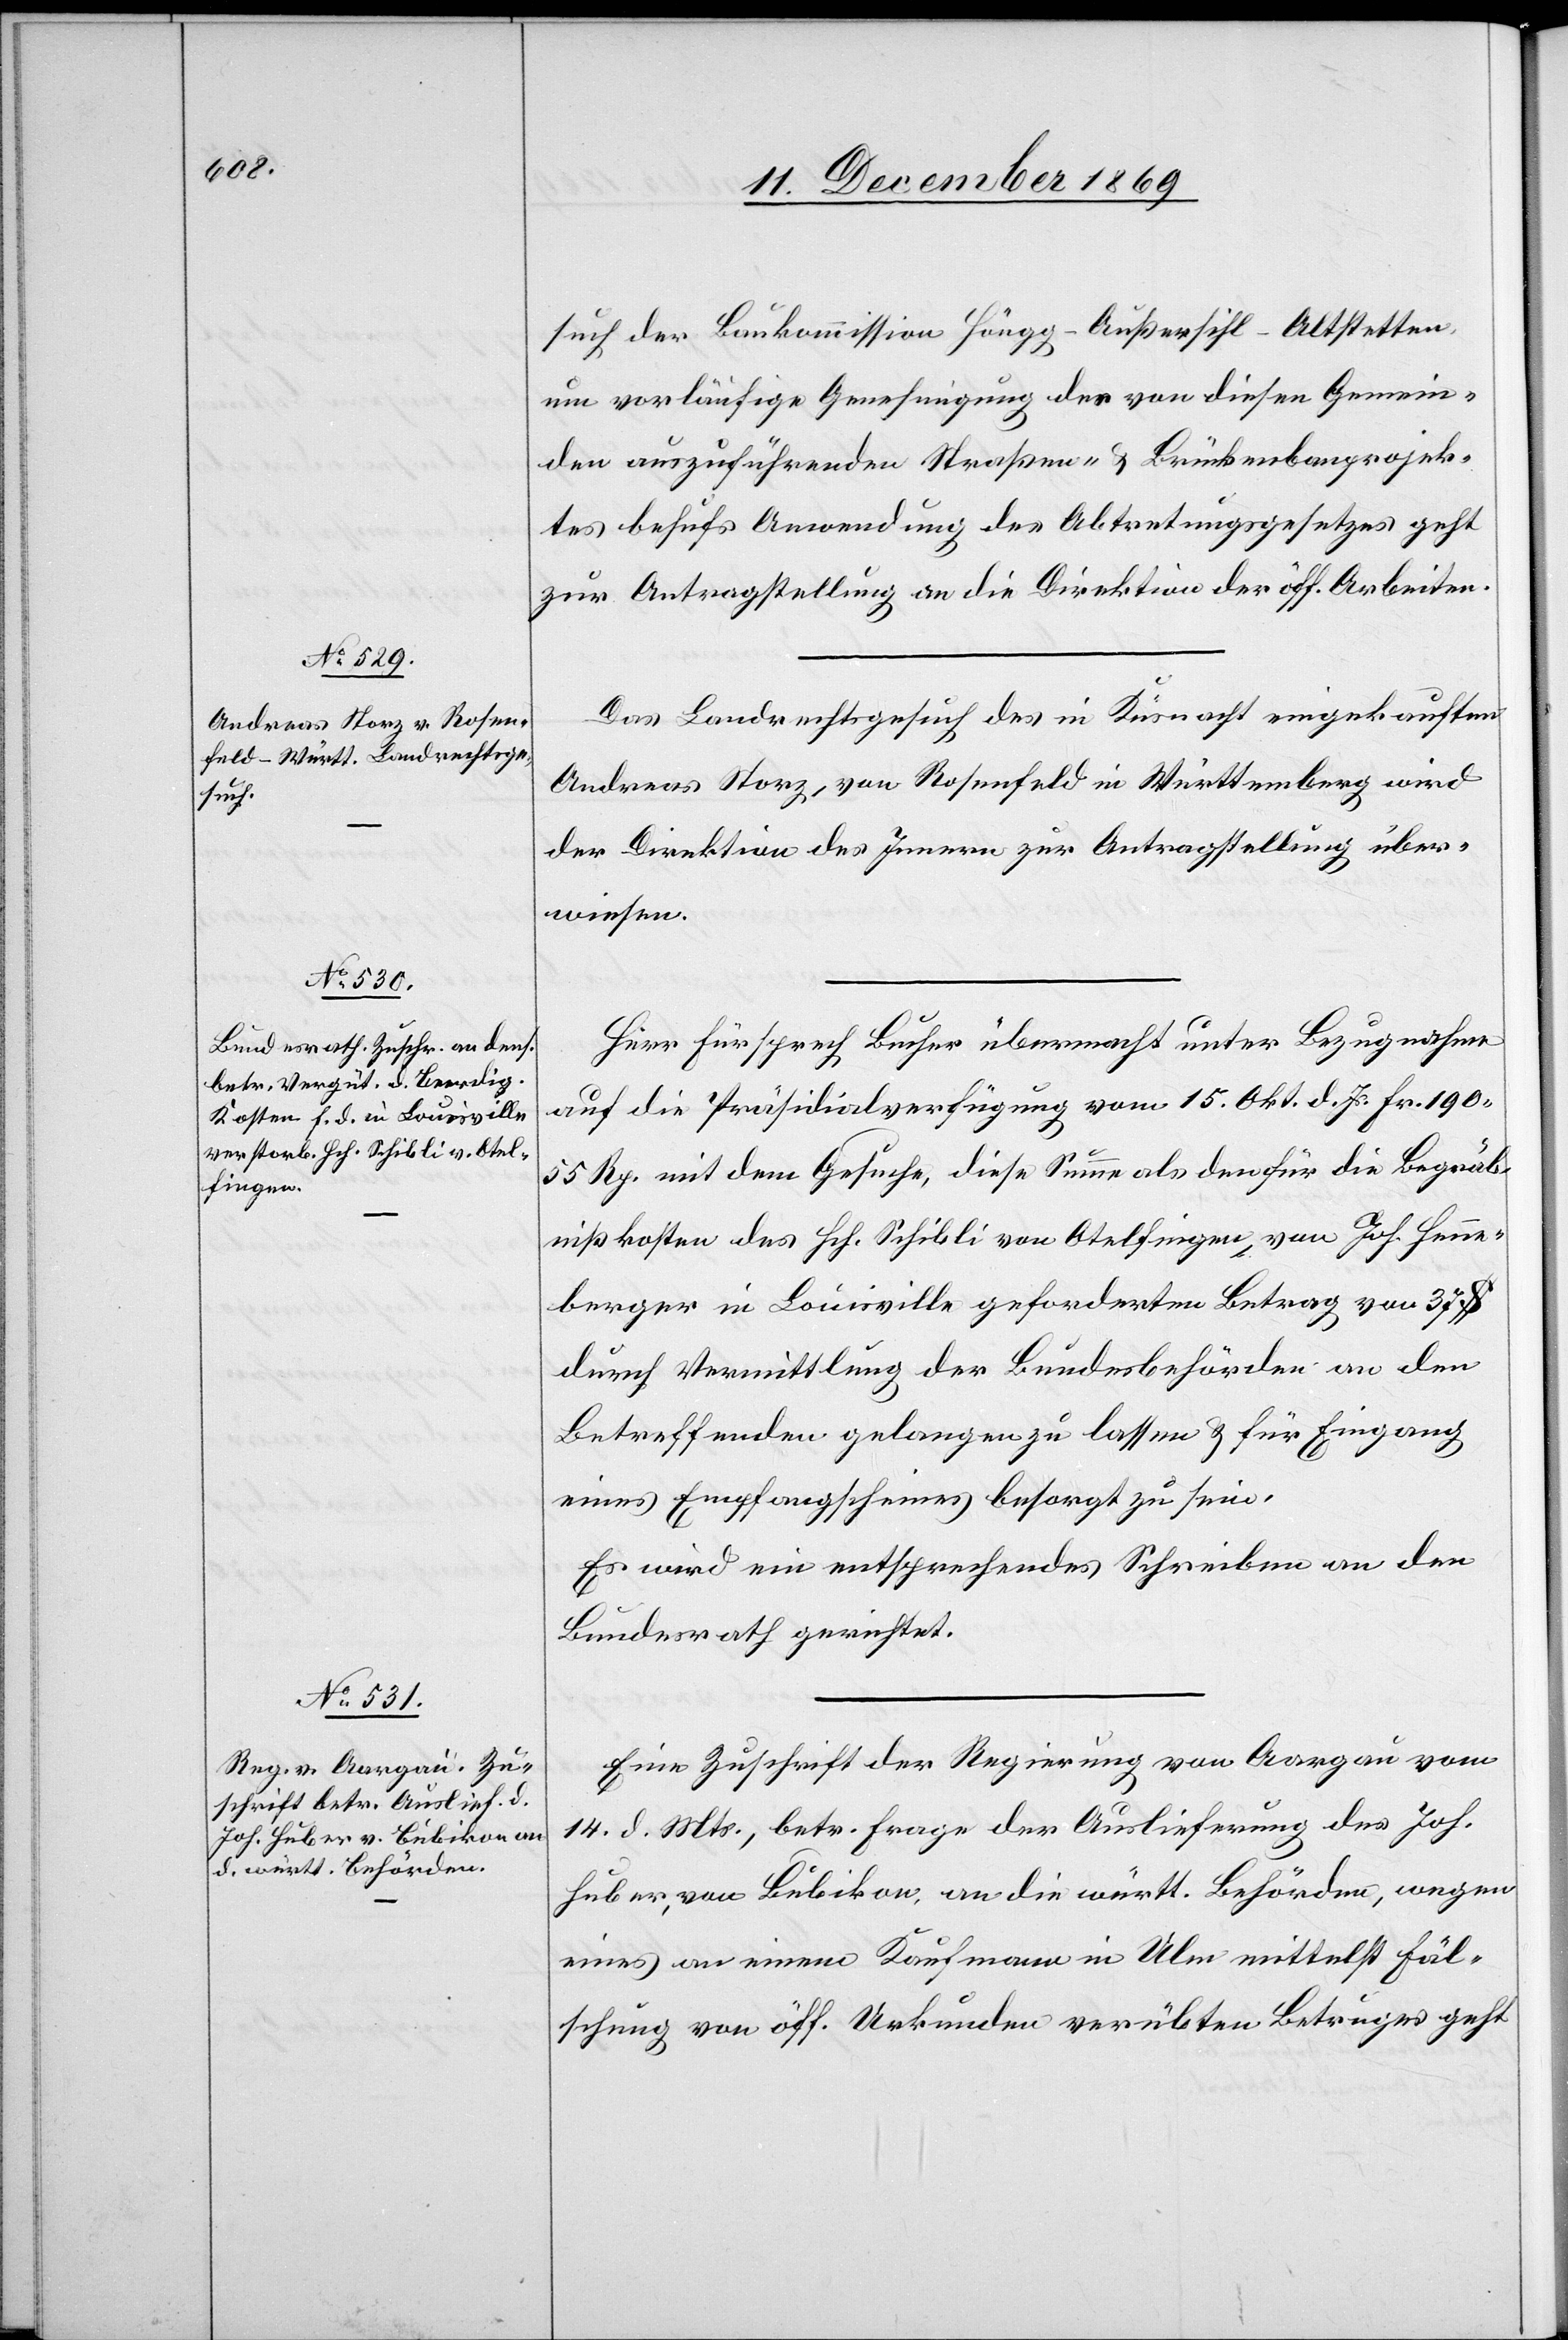
16. December 1869.]
such der Baukommission Höngg-Außersihl-Altstetten,
um vorläufige Genehmigung des von diesen Gemein¬
den auszuführenden Straßen- & Brückenbauprojek¬
tes behufs Anwendung des Abtretungsgesetzes geht
zur Antragstellung an die Direktion der öff. Arbeiten.
Das Landrechtsgesuch des in Küsnacht eingekauften
Andreas Storz, von Rosenfeld in Württemberg wird
der Direktion des Innern zur Antragstellung über¬
wiesen.
Herr Fürsprech Bucher übermacht unter Bezugnahme
auf die Präsidialverfügung vom 15. Okt. d. Js. Fr. 190
55 Rp. mit dem Gesuche, diese Summe als den für die Begräb¬
nißkosten des Hch. Schibli von Otelfingen, von Joh. Henne¬
berger in Louisville geforderten Betrag von 37 $
durch Vermittlung der Bundesbehörden an den
Betreffenden gelangen zu lassen & für Eingang
eines Empfangscheines besorgt zu sein.
Es wird ein entsprechendes Schreiben an den
Bundesrath gerichtet.
Eine Zuschrift der Regierung von Aargau vom
14. d. Mts., betr. Frage der Auslieferung des Joh.
Huber, von Bubikon, an die württ. Behörden, wegen
eines an einem Kaufmann in Ulm mittelst Fäl¬
schung von öff. Urkunden verübten Betruges geht